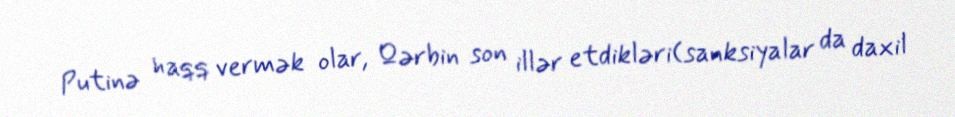
Putinə haqq vermək olar, Qərbin son illər etdikləri(sanksiyalar da daxil